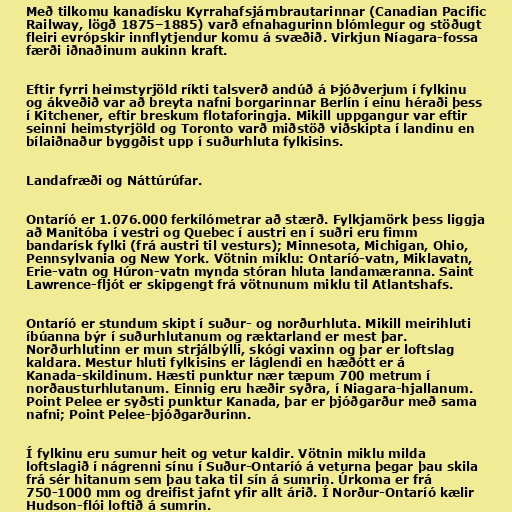
Með tilkomu kanadísku Kyrrahafsjárnbrautarinnar (Canadian Pacific
Railway, lögð 1875–1885) varð efnahagurinn blómlegur og stöðugt
fleiri evrópskir innflytjendur komu á svæðið. Virkjun Níagara-fossa
færði iðnaðinum aukinn kraft.

Eftir fyrri heimstyrjöld ríkti talsverð andúð á Þjóðverjum í fylkinu
og ákveðið var að breyta nafni borgarinnar Berlín í einu héraði þess
í Kitchener, eftir breskum flotaforingja. Mikill uppgangur var eftir
seinni heimstyrjöld og Toronto varð miðstöð viðskipta í landinu en
bílaiðnaður byggðist upp í suðurhluta fylkisins.

Landafræði og Náttúrúfar.

Ontaríó er 1.076.000 ferkílómetrar að stærð. Fylkjamörk þess liggja
að Manitóba í vestri og Quebec í austri en í suðri eru fimm
bandarísk fylki (frá austri til vesturs); Minnesota, Michigan, Ohio,
Pennsylvania og New York. Vötnin miklu: Ontaríó-vatn, Miklavatn,
Erie-vatn og Húron-vatn mynda stóran hluta landamæranna. Saint
Lawrence-fljót er skipgengt frá vötnunum miklu til Atlantshafs.

Ontaríó er stundum skipt í suður- og norðurhluta. Mikill meirihluti
íbúanna býr í suðurhlutanum og ræktarland er mest þar.
Norðurhlutinn er mun strjálbýlli, skógi vaxinn og þar er loftslag
kaldara. Mestur hluti fylkisins er láglendi en hæðótt er á
Kanada-skildinum. Hæsti punktur nær tæpum 700 metrum í
norðausturhlutanum. Einnig eru hæðir syðra, í Niagara-hjallanum.
Point Pelee er syðsti punktur Kanada, þar er þjóðgarður með sama
nafni; Point Pelee-þjóðgarðurinn.

Í fylkinu eru sumur heit og vetur kaldir. Vötnin miklu milda
loftslagið í nágrenni sínu í Suður-Ontaríó á veturna þegar þau skila
frá sér hitanum sem þau taka til sín á sumrin. Úrkoma er frá
750-1000 mm og dreifist jafnt yfir allt árið. Í Norður-Ontaríó kælir
Hudson-flói loftið á sumrin.